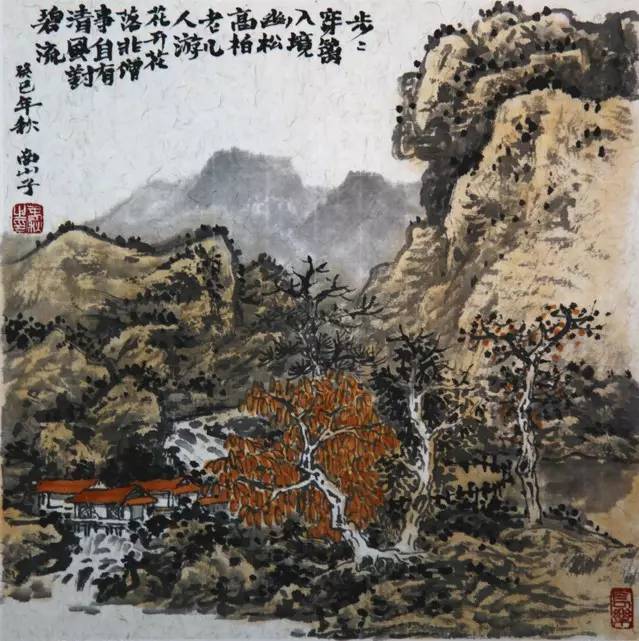
明朝寒食了，又是一年春。